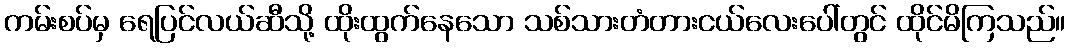
ကမ်းစပ်မှ ရေပြင်လယ်ဆီသို့ ထိုးထွက်နေသော သစ်သားတံတားငယ်လေးပေါ်တွင် ထိုင်မိကြသည်။